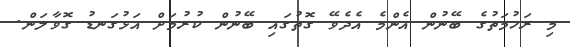
މި ރަހުމަތުގެ ބޭނުން އެންމެ އެދެވޭ ގޮތުގައި ބޭނުން ކުރުމަށް އަޅުގަނޑު ގޮވާލަން.